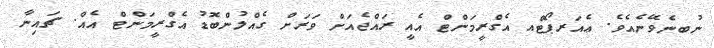
ނުބނެވޭނެއެވެ. ޢެއަރޕޯޓްއ އެގްރީމަންޓް އެއީ ރައްޖެއަށް ވަރަށް ގެއްލުންބޮޑު އެގްރީމަންޓް އެއް. ޗައިނާ